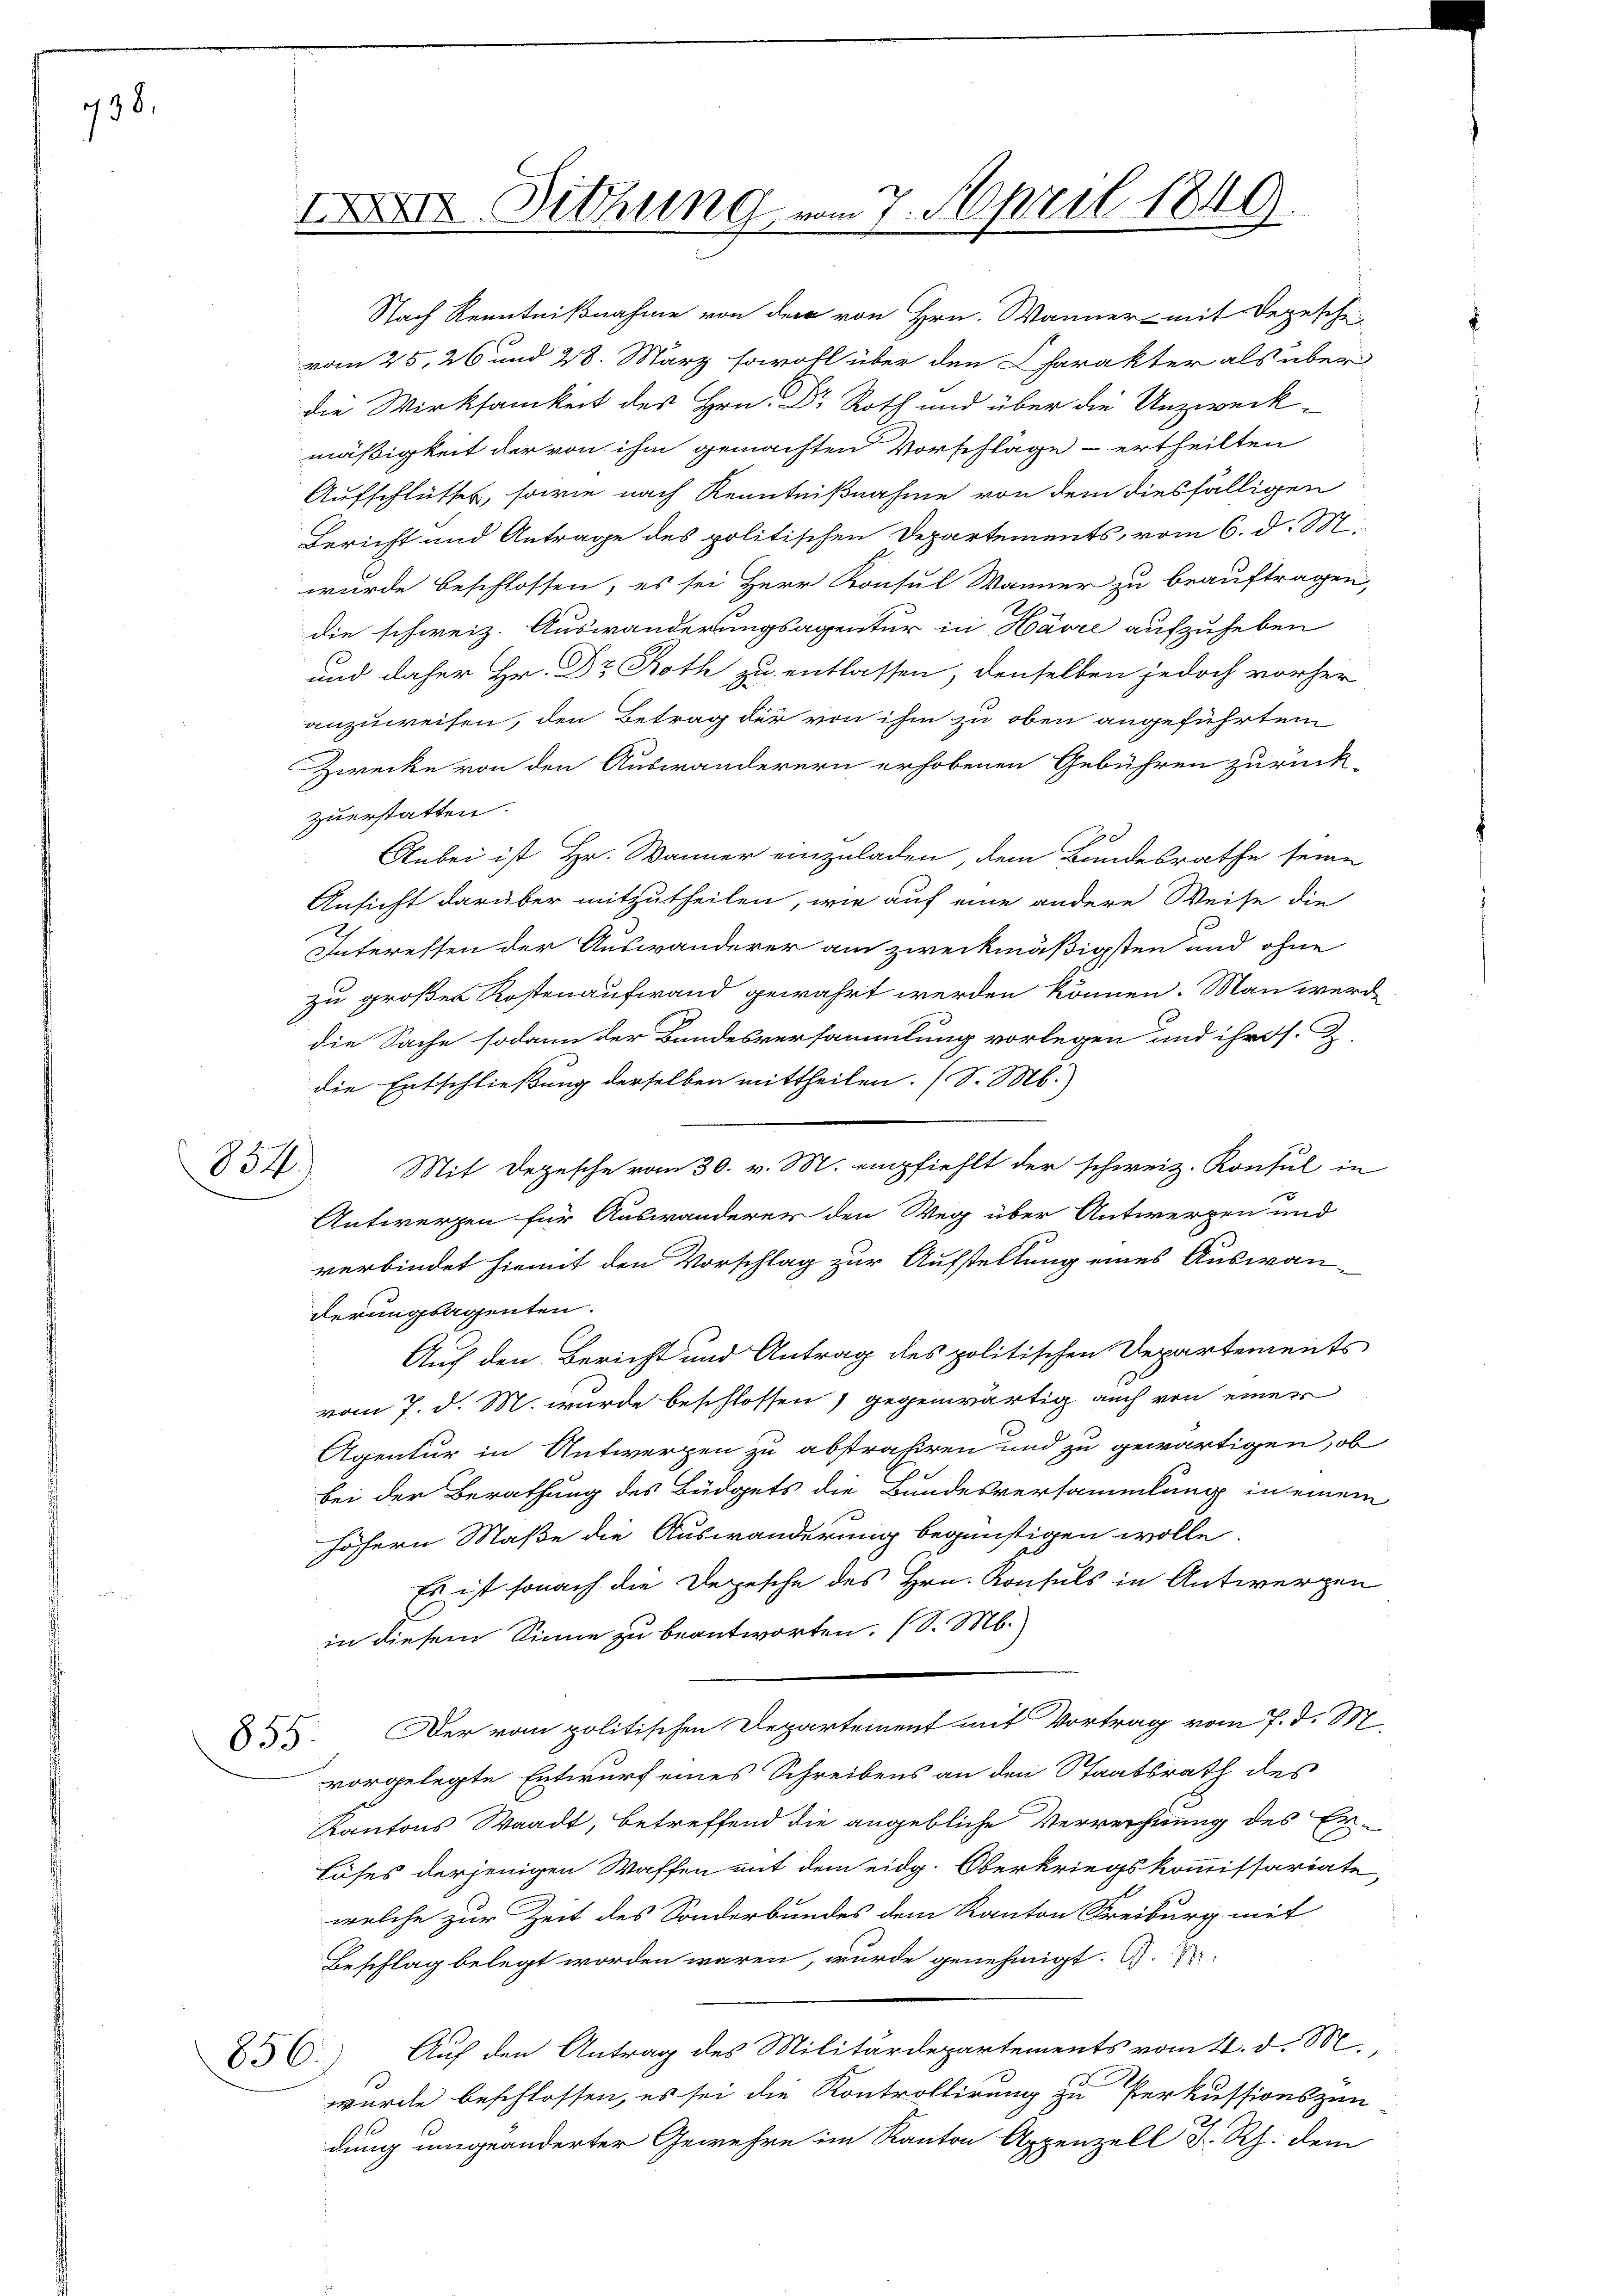
138.

854.

XII Dithung vom 7. April 1849.

Nach Kenntnißnahme von der von Hrn. Wanner mit Depesche
vom 25. 26 und 28. März sowohl über den Charakter als über
die Wirksamkeit des Hrn. Dr Roth und über die Unzweckmäßigkeit der von ihm gemachten Vorschläge - ertheilten
Aufschlusses, sowie nach Kenntnißnahme von dem diesfälligen
Bericht und Antrage des politischen Departements, vom 6. d. M.
wurde beschlossen, es sei Herr Konsul Männer zu beauftragen,
die schweiz. Auswanderungsagentur in Havre aufzuheben
und daher Hr. Dr Roth zu entlassen, denselben jedoch vorher
anzuweisen, den Betrag der von ihm zu oben angeführtem
Zwecke von den Auswanderern erhobenen Gebühren zurück-
zuerstatten.
Anbei ist Hr. Wanner einzuladen, dem Bundesrathe seine
Ansicht darüber mitzutheilen, wie auf eine andere Weise die
Interessen der Auswanderer am zweckmäßigsten und ohne
zu großen Kostenaufwand gewährt werden können. Man werde
die Sache sodann der Bundesversammlung vorlegen und ihres.
die Entschließung derselben mittheilen. (S. M.
Mit Depesche vom 30. v. M. empfiehlt der schweiz. Konsul in
Antwerpen für Auswanderer den Weg über Antwerpen und
verbindet hiemit den Vorschlag zur Aufstellung eines Auswanderungsagenten.
Auf den Bericht und Antrag des politischen Departements
vom 7. d. M. wurde beschlossen, gegenwärtig auch von einer
Agentur in Antwerpen zu abstrahiren und zu gewärtigen, ob
bei der Berathung des Büdgets die Bundesversammlung in einem
höhern Maße die Auswanderung begünstigen wolle.
Es ist sonach die Depesche des Hrn. Konsuls in Antwergen
in diesem Sinne zu beantworten. (S. M.
 Der vom politischen Departement mit Vortrag vom 7. d. M.
vorgelegte Entwurf eines Schreibens an den Staatsrath des
Kantons Waadt, betreffend die angebliche Verrechnung des Er¬
Löses derjenigen Waffen mit dem eidg. Oberkriegskommissariate
welche zur Zeit des Sonderbundes dem Kanton Freiburg mit
Beschlag belegt worden wären, wurde genehmigt. G.
5.) Auf den Antrag des Militärdepartements vom 4. d. M.,
wurde beschlossen, es sei die Kontrollirung zu Perkussionszen
dung umgeänderter Gewehre im Kanton Appenzell F. Rh. dem